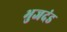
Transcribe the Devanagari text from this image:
भुजदंड